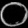
Digit: ၀